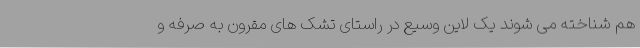
هم شناخته می شوند یک لاین وسیع در راستای تشک های مقرون به صرفه و